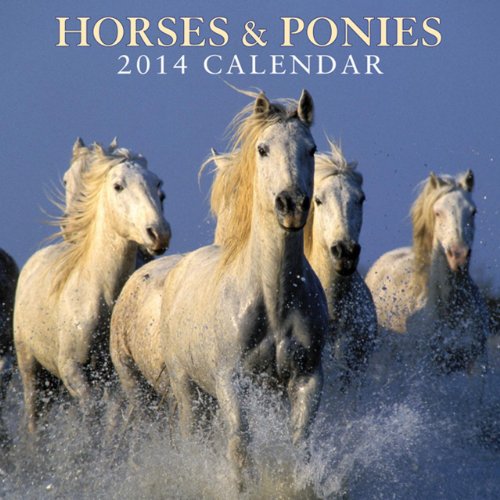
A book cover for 2014 Calendar: Horses & Ponies: 12-Month Calendar Featuring Delightful Photographs Of Ponies And Horses; Peony Press; Calendars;